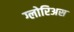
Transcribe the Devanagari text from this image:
ग्लोरिअस